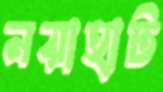
নয়াহাট